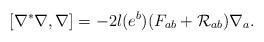
LaTeX: \begin{align*}[\nabla^*\nabla,\nabla] = -2l(e^b)(F_{ab}+{\cal R}_{ab})\nabla_a. \end{align*}